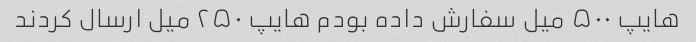
هایپ ۵۰۰ میل سفارش داده بودم هایپ ۲۵۰ میل ارسال کردند